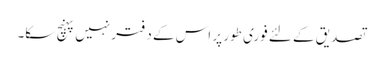
تصدیق کے لئے فوری طور پر اس کے دفتر نہیں پہنچ سکا۔